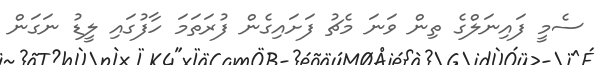
ސެމީ ފައިނަލްގެ ތިން ވަނަ މެޗު ފަށައިގެން ފުރަތަމަ ހާފުގައި ލީޑު ނަގަން